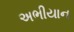
અભીયાન